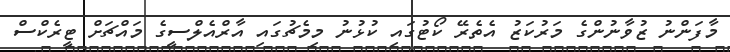
މާފަންނު ޒުވާނުންގެ މަރުކަޒު އެތެރޭ ކޯޓުގައި ކުޅުނު މިމެޗުގައި އާރްއެލްސީގެ މައްޗަށް ޓީރެކްސް